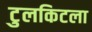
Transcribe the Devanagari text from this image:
टुलकिटला